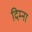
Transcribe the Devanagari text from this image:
दिम्ना